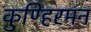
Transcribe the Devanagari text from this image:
कुण्हिरमन